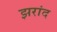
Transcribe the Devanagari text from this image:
झरांद